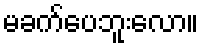
မခက်ပေဘူးလော။